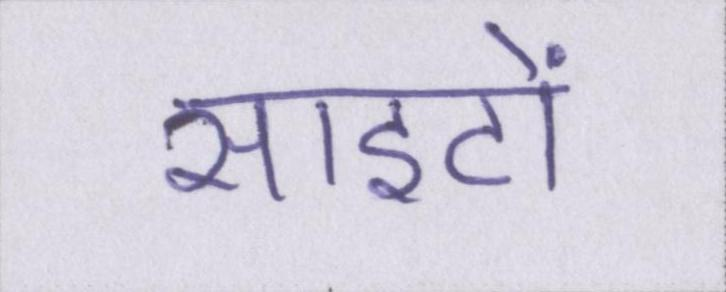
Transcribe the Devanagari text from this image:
साइटों